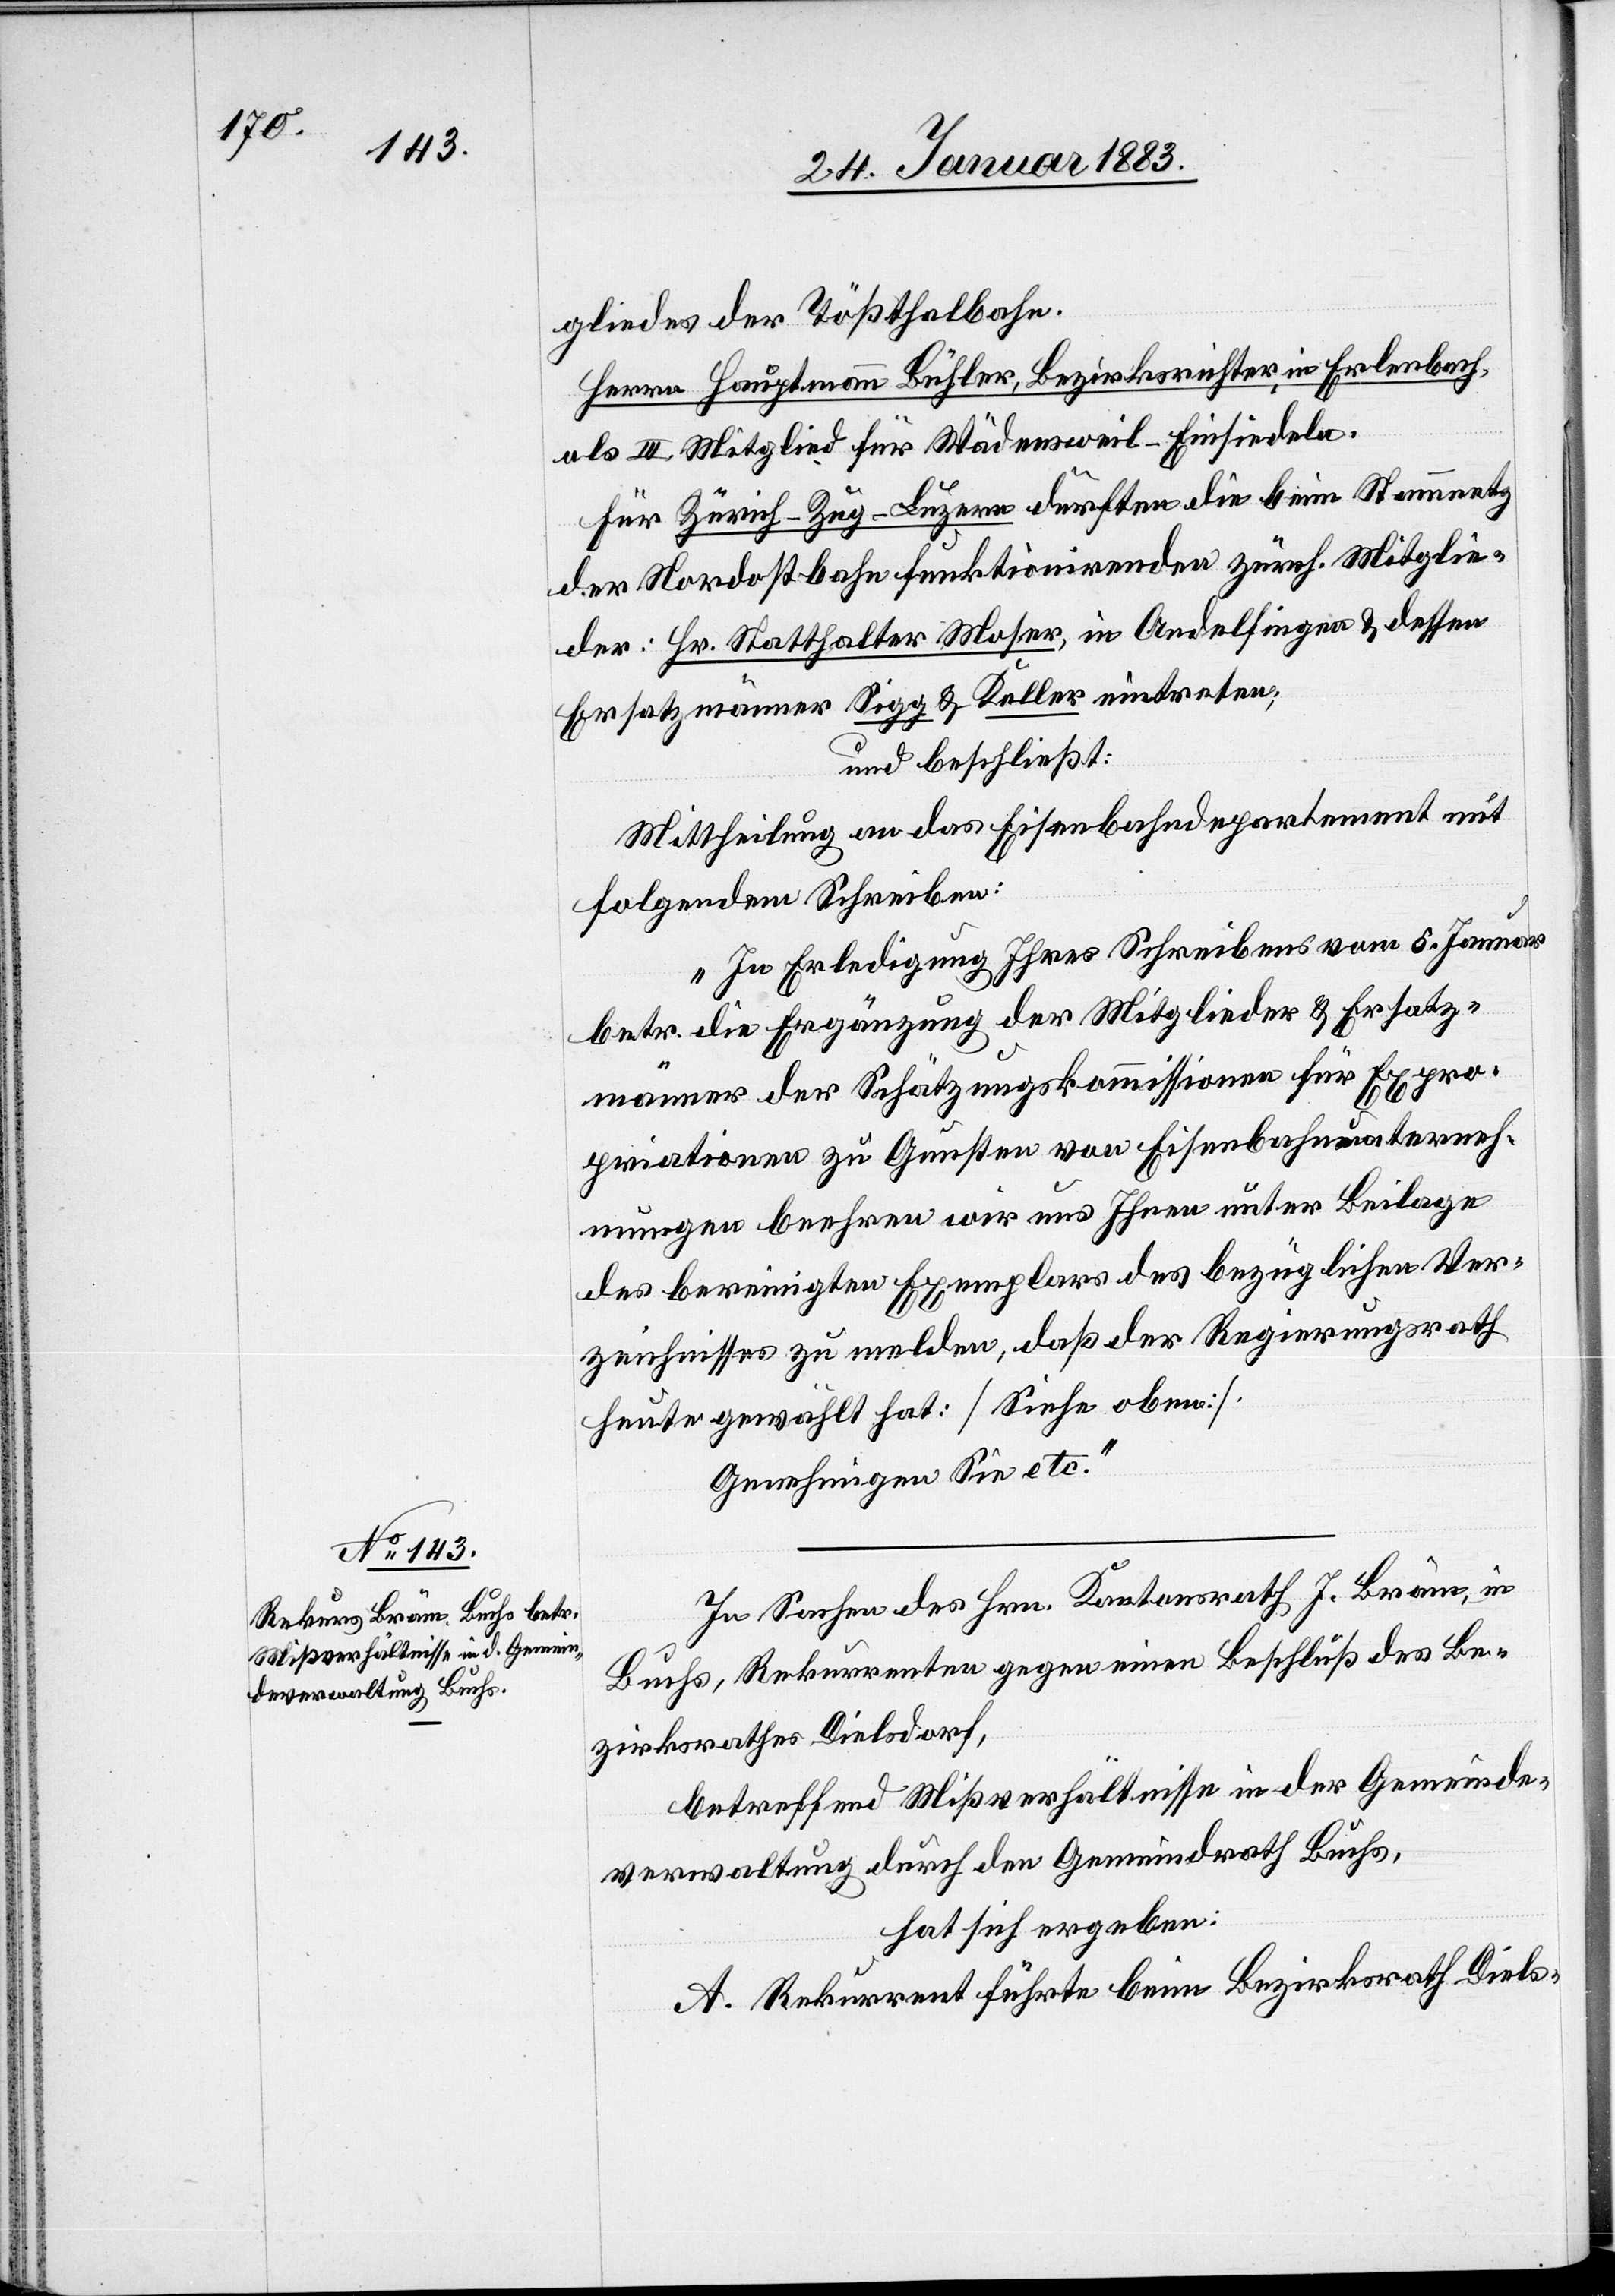
gliedes der Tößthalbahn.
Herrn Hauptmann Bühler, Bezirksrichter, in Erlenbach,
als III. Mitglied für Wädensweil–Einsiedeln.
Für Zürich–Zug–Luzern dürften die beim Stammnetz
der Nordostbahn funktionirenden zürch. Mitglie¬
der: Hr. Statthalter Moser, in Andelfingen & dessen
Ersatzmänner Sigg & Keller eintreten;
und beschließt:
Mittheilung an das Eisenbahndepartement mit
folgendem Schreiben:
„In Erledigung Ihres Schreibens vom 5. Januar
betr. die Ergänzung der Mitglieder & Ersatz¬
männer der Schätzungskommissionen für Expro¬
priationen zu Gunsten von Eisenbahnunterneh¬
mungen beehren wir uns Ihnen unter Beilage
des bereinigten Exemplars des bezüglichen Ver¬
zeichnisses zu melden, daß der Regierungsrath
heute gewählt hat: [Siehe oben].
Genehmigen Sie etc.“
In Sachen des Hrn. Kantonsrath J. Bräm, in
Buchs, Rekurrrenten gegen einen Beschluß des Be¬
zirksrathes Dielsdorf,
betreffend Mißverhältnisse in der Gemeinde¬
verwaltung durch den Gemeindrath Buchs,
hat sich ergeben:
A. Rekurrent führte beim Bezirksrath Diels-